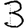
Digit: 3